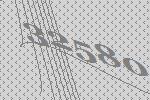
32580